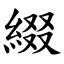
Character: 綴